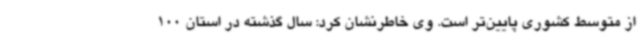
از متوسط کشوری پایین‌تر است. وی خاطرنشان کرد: سال گذشته در استان 100